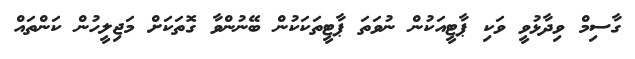
ގާސިމް ވިދާޅުވީ ވަކި ޕާޓީއަކުން ނުވަތަ ޕާޓީތަކަކުން ބޭނުންވާ ގޮތަކަށް މަޖިލީހުން ކަންތައް